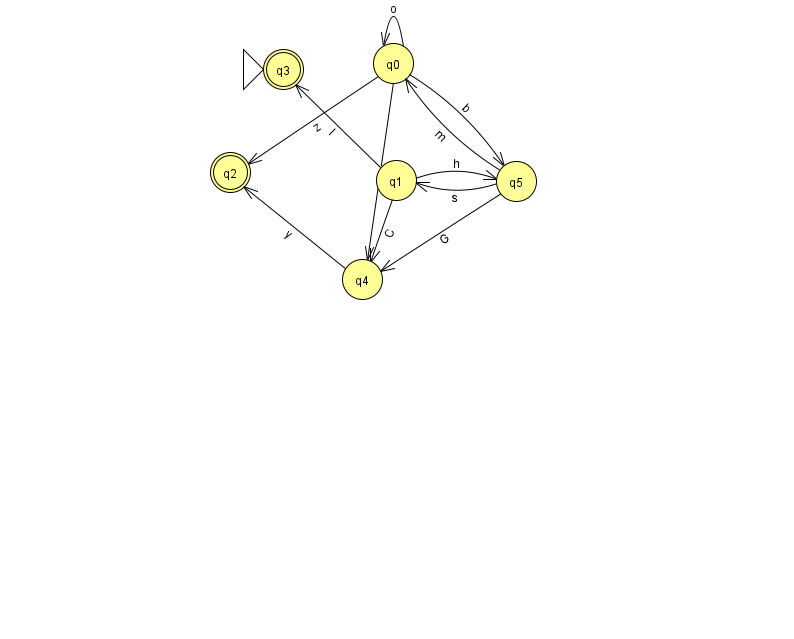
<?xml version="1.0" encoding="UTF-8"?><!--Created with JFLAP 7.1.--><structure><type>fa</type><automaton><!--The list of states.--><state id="0" name="q0"><x>393.0</x><y>50.0</y></state><state id="1" name="q1"><x>396.0</x><y>167.0</y></state><state id="2" name="q2"><x>230.0</x><y>159.0</y><final/></state><state id="3" name="q3"><x>283.0</x><y>56.0</y><initial/><final/></state><state id="4" name="q4"><x>362.0</x><y>266.0</y></state><state id="5" name="q5"><x>516.0</x><y>168.0</y></state><!--The list of transitions.--><transition><from>0</from><to>4</to><read>x</read></transition><transition><from>5</from><to>4</to><read>G</read></transition><transition><from>5</from><to>0</to><read>m</read></transition><transition><from>5</from><to>1</to><read>s</read></transition><transition><from>1</from><to>4</to><read>C</read></transition><transition><from>4</from><to>2</to><read>y</read></transition><transition><from>0</from><to>5</to><read>b</read></transition><transition><from>1</from><to>3</to><read>l</read></transition><transition><from>1</from><to>5</to><read>h</read></transition><transition><from>0</from><to>0</to><read>o</read></transition><transition><from>0</from><to>2</to><read>z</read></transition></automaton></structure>